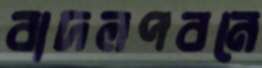
বাদলপবনে